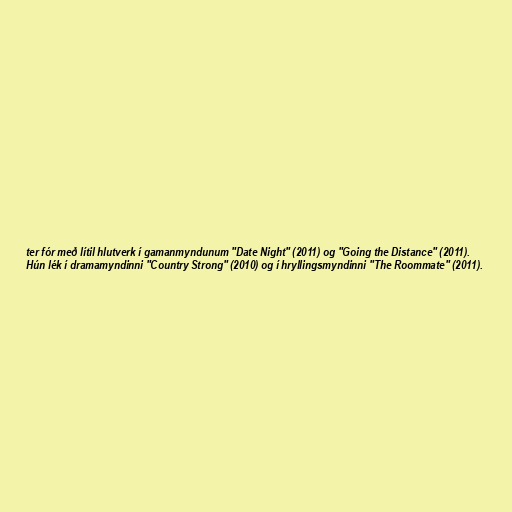
ter fór með lítil hlutverk í gamanmyndunum "Date Night" (2011) og "Going the Distance" (2011).
Hún lék í dramamyndinni "Country Strong" (2010) og í hryllingsmyndinni "The Roommate" (2011).